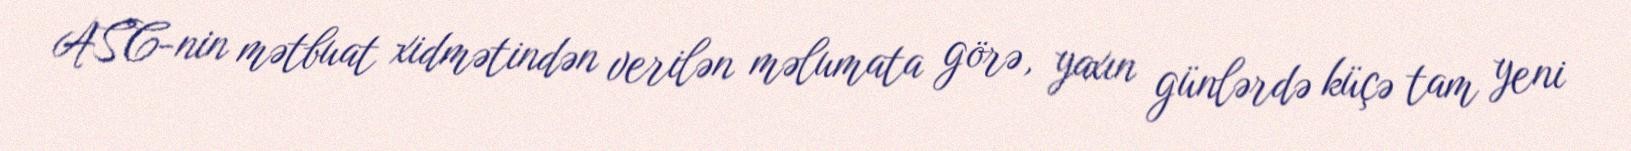
ASC-nin mətbuat xidmətindən verilən məlumata görə, yaxın günlərdə küçə tam yeni